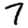
Digit: 7